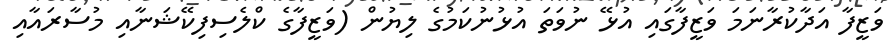
ވަޒީފާ އަދާކުރާނަމަ ވަޒީފާގައި އުޅޭ ނުވަތަ އުޅުނުކަމުގެ ލިޔުން (ވަޒީފާގެ ކްލެސިފިކޭޝަނާއި މުސާރައާއި